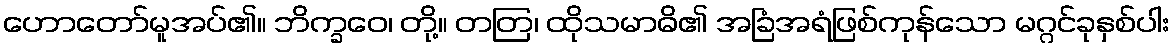
ဟောတော်မူအပ်၏။ ဘိက္ခဝေ၊ တို့။ တတြ၊ ထိုသမာဓိ၏ အခြံအရံဖြစ်ကုန်သော မဂ္ဂင်ခုနှစ်ပါး